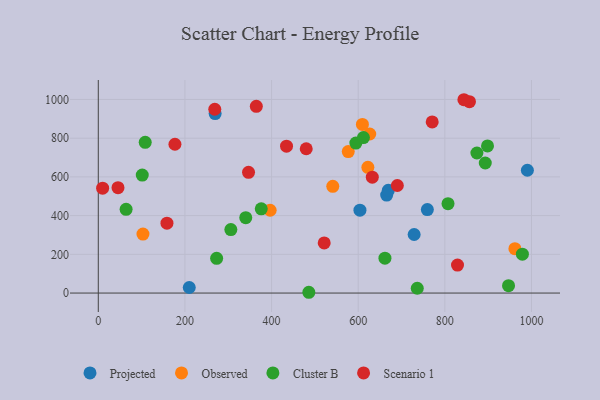
{"axis": {"x": "Ad Spend", "y": "Salary"}, "legend": ["Cluster B", "Observed", "Projected", "Scenario 1"], "data": [{"x": "604.0", "y": 428.3, "type": "Projected"}, {"x": "210.0", "y": 28.6, "type": "Projected"}, {"x": "665.7", "y": 506.2, "type": "Projected"}, {"x": "729.1", "y": 302.5, "type": "Projected"}, {"x": "669.5", "y": 530.7, "type": "Projected"}, {"x": "990.5", "y": 634.3, "type": "Projected"}, {"x": "759.6", "y": 431.2, "type": "Projected"}, {"x": "269.7", "y": 927.3, "type": "Projected"}, {"x": "103.1", "y": 304.7, "type": "Observed"}, {"x": "396.7", "y": 427.8, "type": "Observed"}, {"x": "626.6", "y": 821.7, "type": "Observed"}, {"x": "541.3", "y": 551.4, "type": "Observed"}, {"x": "622.3", "y": 649.6, "type": "Observed"}, {"x": "609.7", "y": 871.3, "type": "Observed"}, {"x": "577.0", "y": 730.9, "type": "Observed"}, {"x": "961.7", "y": 229.0, "type": "Observed"}, {"x": "898.5", "y": 759.9, "type": "Cluster B"}, {"x": "101.5", "y": 609.4, "type": "Cluster B"}, {"x": "273.2", "y": 179.4, "type": "Cluster B"}, {"x": "893.3", "y": 671.8, "type": "Cluster B"}, {"x": "486.0", "y": 4.0, "type": "Cluster B"}, {"x": "594.6", "y": 774.7, "type": "Cluster B"}, {"x": "340.4", "y": 389.4, "type": "Cluster B"}, {"x": "612.0", "y": 803.4, "type": "Cluster B"}, {"x": "807.3", "y": 461.6, "type": "Cluster B"}, {"x": "108.3", "y": 778.6, "type": "Cluster B"}, {"x": "736.3", "y": 24.9, "type": "Cluster B"}, {"x": "874.0", "y": 723.6, "type": "Cluster B"}, {"x": "376.2", "y": 435.2, "type": "Cluster B"}, {"x": "306.0", "y": 327.7, "type": "Cluster B"}, {"x": "64.2", "y": 432.3, "type": "Cluster B"}, {"x": "979.0", "y": 200.7, "type": "Cluster B"}, {"x": "661.7", "y": 180.4, "type": "Cluster B"}, {"x": "947.0", "y": 38.2, "type": "Cluster B"}, {"x": "829.2", "y": 144.6, "type": "Scenario 1"}, {"x": "632.5", "y": 598.7, "type": "Scenario 1"}, {"x": "856.8", "y": 988.7, "type": "Scenario 1"}, {"x": "434.5", "y": 758.8, "type": "Scenario 1"}, {"x": "690.3", "y": 555.5, "type": "Scenario 1"}, {"x": "844.0", "y": 998.7, "type": "Scenario 1"}, {"x": "10.0", "y": 541.6, "type": "Scenario 1"}, {"x": "521.5", "y": 258.9, "type": "Scenario 1"}, {"x": "45.5", "y": 544.3, "type": "Scenario 1"}, {"x": "480.0", "y": 745.5, "type": "Scenario 1"}, {"x": "346.8", "y": 623.6, "type": "Scenario 1"}, {"x": "770.8", "y": 883.8, "type": "Scenario 1"}, {"x": "268.9", "y": 949.4, "type": "Scenario 1"}, {"x": "176.9", "y": 768.6, "type": "Scenario 1"}, {"x": "364.8", "y": 964.5, "type": "Scenario 1"}, {"x": "158.5", "y": 360.8, "type": "Scenario 1"}]}